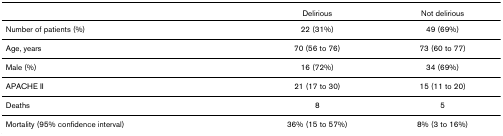
<table><thead><tr><td></td><td><b>Delirious</b></td><td><b>Not delirious</b></td></tr></thead><tbody><tr><td>Number of patients (%)</td><td>22 (31%)</td><td>49 (69%)</td></tr><tr><td>Age, years</td><td>70 (56 to 76)</td><td>73 (60 to 77)</td></tr><tr><td>Male (%)</td><td>16 (72%)</td><td>34 (69%)</td></tr><tr><td>APACHE II</td><td>21 (17 to 30)</td><td>15 (11 to 20)</td></tr><tr><td>Deaths</td><td>8</td><td>5</td></tr><tr><td>Mortality (95% confidence interval)</td><td>36% (15 to 57%)</td><td>8% (3 to 16%)</td></tr></tbody></table>